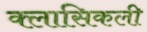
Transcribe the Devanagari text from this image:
क्लासिकली